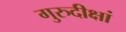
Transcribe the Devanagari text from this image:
गुरुदीक्षां